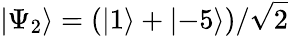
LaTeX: \left\lvert\Psi_{2}\right\rangle=(\left\lvert 1\right\rangle+\left\lvert-5\right\rangle)/\sqrt{2}